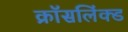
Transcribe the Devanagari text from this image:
क्रॉसलिंक्ड